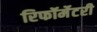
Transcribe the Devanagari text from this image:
रिफॉर्मेटरी